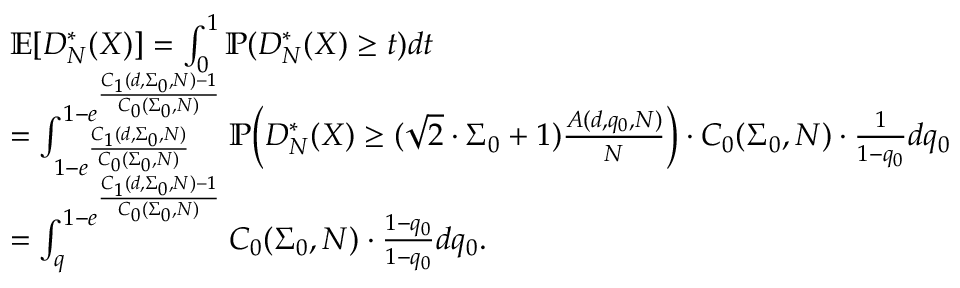
\begin{array} { r l } & { \mathbb { E } [ D _ { N } ^ { * } ( X ) ] = \int _ { 0 } ^ { 1 } \mathbb { P } ( D _ { N } ^ { * } ( X ) \ge t ) d t } \\ & { = \int _ { 1 - e ^ { \frac { C _ { 1 } ( d , \Sigma _ { 0 } , N ) } { C _ { 0 } ( \Sigma _ { 0 } , N ) } } } ^ { 1 - e ^ { \frac { C _ { 1 } ( d , \Sigma _ { 0 } , N ) - 1 } { C _ { 0 } ( \Sigma _ { 0 } , N ) } } } \mathbb { P } \Big ( D _ { N } ^ { * } ( X ) \ge ( \sqrt { 2 } \cdot \Sigma _ { 0 } + 1 ) \frac { A ( d , q _ { 0 } , N ) } { N } \Big ) \cdot C _ { 0 } ( \Sigma _ { 0 } , N ) \cdot \frac { 1 } { 1 - q _ { 0 } } d q _ { 0 } } \\ & { = \int _ { q } ^ { 1 - e ^ { \frac { C _ { 1 } ( d , \Sigma _ { 0 } , N ) - 1 } { C _ { 0 } ( \Sigma _ { 0 } , N ) } } } C _ { 0 } ( \Sigma _ { 0 } , N ) \cdot \frac { 1 - q _ { 0 } } { 1 - q _ { 0 } } d q _ { 0 } . } \end{array}